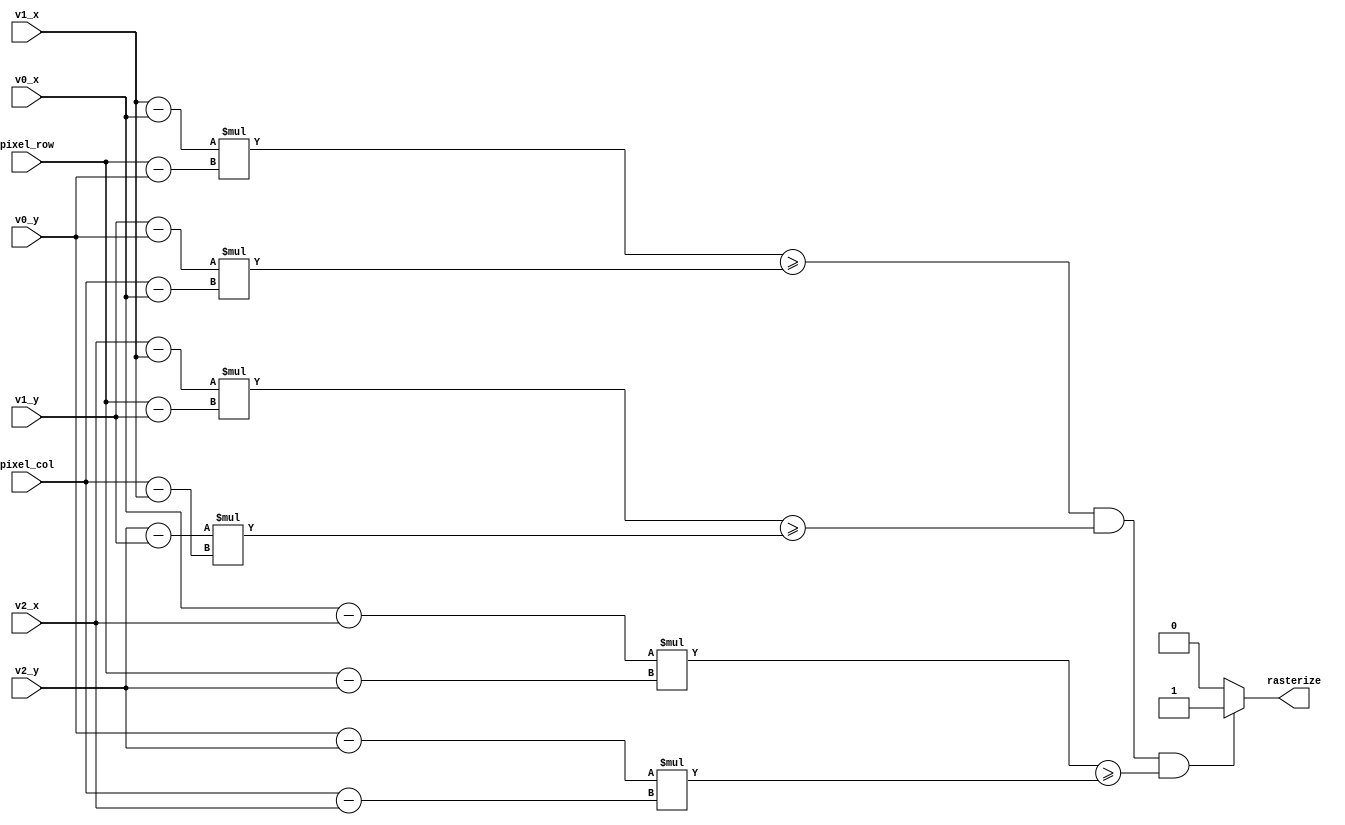
// This program was cloned from: https://github.com/emern/badGPU
// License: Apache License 2.0

/*
 * Copyright (c) 2024 Emery Nagy
 * SPDX-License-Identifier: Apache-2.0
 */

`default_nettype none

module tt_um_emern_raster_core (
    input [9:0] pixel_col,
    input [8:0] pixel_row,

    input [9:0] v0_x,
    input [9:0] v1_x,
    input [9:0] v2_x,

    input [8:0] v0_y,
    input [8:0] v1_y,
    input [8:0] v2_y,

    output rasterize
);

    wire signed [22:0] l_res_a;
    wire signed [22:0] r_res_a;

    wire signed [22:0] l_res_b;
    wire signed [22:0] r_res_b;

    wire signed [22:0] l_res_c;
    wire signed [22:0] r_res_c;

    // Fast algo found here: https://erkaman.github.io/posts/fast_triangle_rasterization.html
    // Basically, calculate normal between of each of the triangle vertices and given point
    // If all normals are positive, we rasterize the pixel

    // Note that the order of supplied vertices is important!
    // V0 should have the largest magnitude X or column coordinate, V1 the second largest and V0 the smallest!

    // Vertex 0 -> 1
    assign l_res_a = ($signed({13'h0, v1_x}) - $signed({13'h0, v0_x})) * ($signed({14'h0, pixel_row}) - $signed({14'h0, v0_y}));
    assign r_res_a = ($signed({14'h0, v1_y}) - $signed({14'h0, v0_y})) * ($signed({13'h0, pixel_col}) - $signed({13'h0, v0_x}));

    // Vertex 1 -> 2
    assign l_res_b = ($signed({13'h0, v2_x}) - $signed({13'h0, v1_x})) * ($signed({14'h0, pixel_row}) - $signed({14'h0, v1_y}));
    assign r_res_b = ($signed({14'h0, v2_y}) - $signed({14'h0, v1_y})) * ($signed({13'h0, pixel_col}) - $signed({13'h0, v1_x}));

    // Vertex 2 -> 0
    assign l_res_c = ($signed({13'h0, v0_x}) - $signed({13'h0, v2_x})) * ($signed({14'h0, pixel_row}) - $signed({14'h0, v2_y}));
    assign r_res_c = ($signed({14'h0, v0_y}) - $signed({14'h0, v2_y})) * ($signed({13'h0, pixel_col}) - $signed({13'h0, v2_x}));


    // Triangle to be rasterized only if pixel fits within each of its bounding surfaces
    assign rasterize = ((l_res_a >= r_res_a) && (l_res_b >= r_res_b) && (l_res_c >= r_res_c)) ? 1'b1 : 1'b0;


endmodule